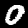
Label: 0